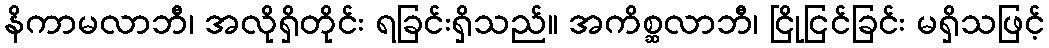
နိကာမလာဘီ၊ အလိုရှိတိုင်း ရခြင်းရှိသည်။ အကိစ္ဆလာဘီ၊ ငြိုငြင်ခြင်း မရှိသဖြင့်